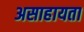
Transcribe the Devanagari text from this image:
असाहायता